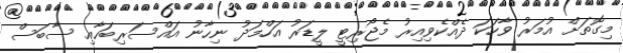
މިގޮތަށް އުމަރު ވާހަކަ ދެއްކެވިއިރު މެޖޯރިޓީ ލީޑަރު އަހްމަދު ނިހާނު އައްސަރިބަހާއި ސާބަސް